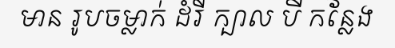
មាន រូបចម្លាក់ ដំរី ក្បាល បី កន្លែង